Indian journal of veterinary science and animal husbandry - Volumes 24-25, 1954-1955
Year: 1954
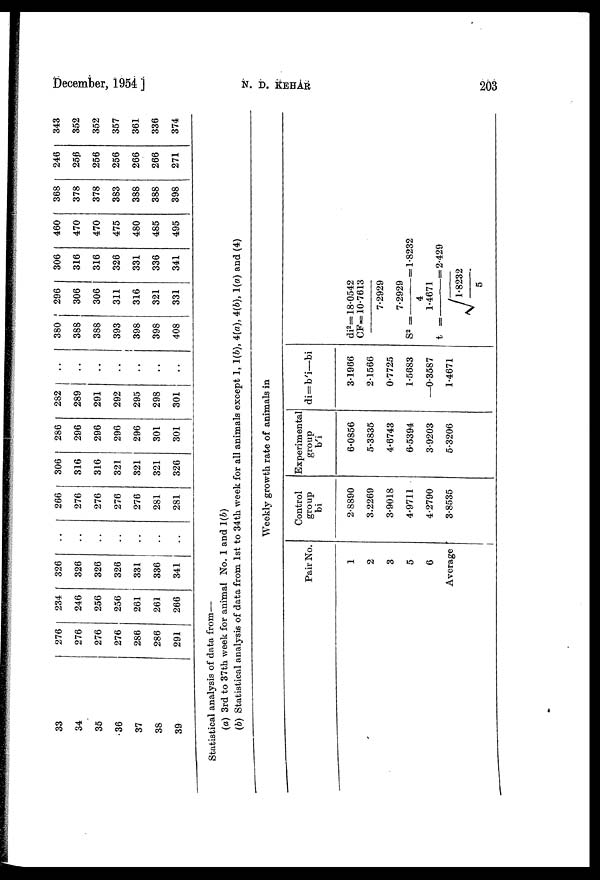
December, 1954 ]
N.
D.
KEHAR
203
33
34
35
36
37
38
39
276
276
276
276
286
286
291
234
246
256
256
261
261
266
326
326
326
326
331
336
341
..
..
..
..
..
..
..
266
276
276
276
276
281
281
306
316
316
321
321
321
326
286
296
296
296
296
301
301
282
289
291
292
295
298
301
..
..
..
..
..
..
..
380
388
388
393
398
398
408
296
306
306
311
316
321
331
306
316
316
326
331
336
341
460
470
470
475
480
485
495
368
378
378
383
388
388
398
246
256
256
256
266
266
271
343
352
352
357
361
336
374
Statistical analysis of data from—
(a) 3rd to 37th week for animal No. 1 and 1(b)
(b) Statistical analysis of data from 1st to 34th week for all animals except 1, 1(b), 4(a). 4(b), 1(a) and (4)
Weekly growth rate of animals in
Pair No.
1
2
3
5
6
Average
Control
group
bi
2.8890
3.2269
3.9018
4.9711
4.2790
3.8535
Experimental
group
b'i
6.0856
5.3835
4.6743
6.5394
3.9203
5.3206
di=b'i—bi
3.1966
2.1566
0.7725
1.5683
—0.3587
1.4671
di 2 =18.0542
CF=10.7613/7.2929
S 2 =7.2929/4=1.8232
t=1.4671/√1.8232/5=2.429